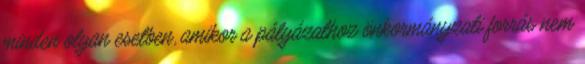
minden olyan esetben, amikor a pályázathoz önkormányzati forrás nem